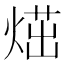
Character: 𤋿